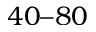
4 0 – 8 0